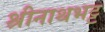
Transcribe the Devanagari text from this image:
श्रीनाथभट्ट